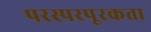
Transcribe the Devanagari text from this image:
परस्परपूरकता